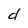
Character: d